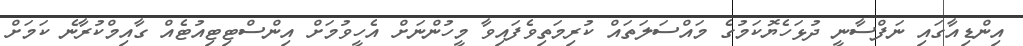
އިންޑިއާގައި ނަފްސާނީ ދުޅަހެޔޮކަމުގެ މައްސަލަތައް ކުރިމަތިވެފައިވާ މީހުންނަށް އެހީވުމަށް އިންސްޓިޓިއުޓެއް ގާއިމްކުރާނެ ކަމަށް